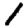
Digit: 1